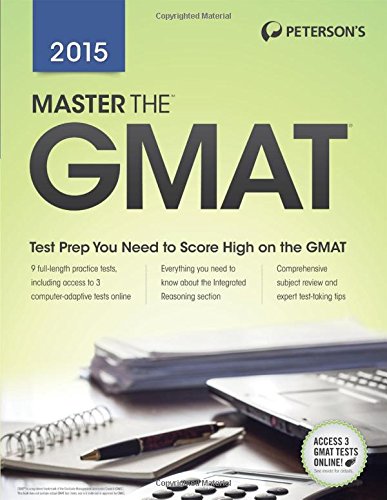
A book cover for Master the GMAT 2015; Peterson's; Test Preparation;